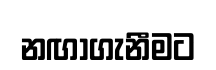
නඟාගැනීමට